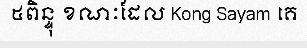
៥ពិន្ទុ ខណៈដែល Kong Sayam គេ